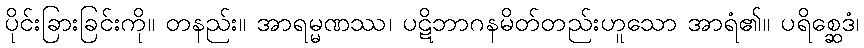
ပိုင်းခြားခြင်းကို။ တနည်း။ အာရမ္မဏဿ၊ ပဋိဘာဂနမိတ်တည်းဟူသော အာရံ၏။ ပရိစ္ဆေဒံ၊